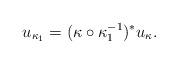
LaTeX: \begin{align*}u_{\kappa_1}=(\kappa\circ\kappa_1^{-1})^*u_\kappa.\end{align*}